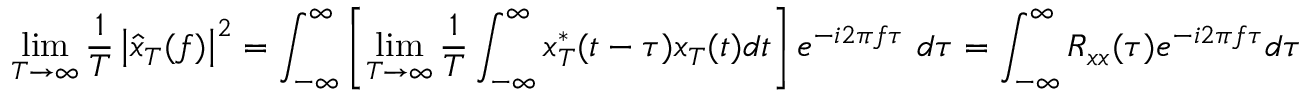
\operatorname* { l i m } _ { T \to \infty } { \frac { 1 } { T } } \left| { \hat { x } } _ { T } ( f ) \right| ^ { 2 } = \int _ { - \infty } ^ { \infty } \left[ \operatorname* { l i m } _ { T \to \infty } { \frac { 1 } { T } } \int _ { - \infty } ^ { \infty } x _ { T } ^ { * } ( t - \tau ) x _ { T } ( t ) d t \right] e ^ { - i 2 \pi f \tau } \ d \tau = \int _ { - \infty } ^ { \infty } R _ { x x } ( \tau ) e ^ { - i 2 \pi f \tau } d \tau